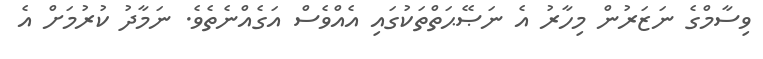
ވިސާމްގެ ނަޒަރުން މިހާރު އެ ނަޞޭޙަތްތަކުގައި އެއްވެސް އަގެއްނެތެވެ. ނަމާދު ކުރުމަށް އެ